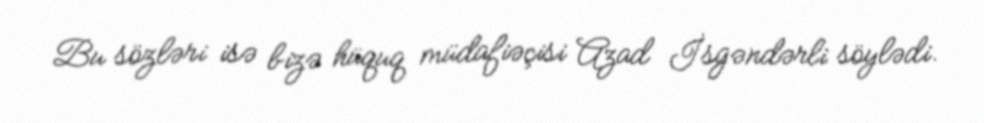
Bu sözləri isə bizə hüquq müdafiəçisi Azad İsgəndərli söylədi.